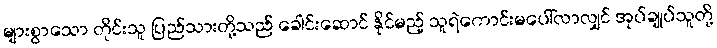
များစွာသော တိုင်းသူ ပြည်သားတို့သည် ခေါင်းဆောင် နိုင်မည့် သူရဲကောင်းမပေါ်လာလျှင် အုပ်ချုပ်သူတို့